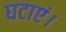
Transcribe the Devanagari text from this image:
घटाएं।